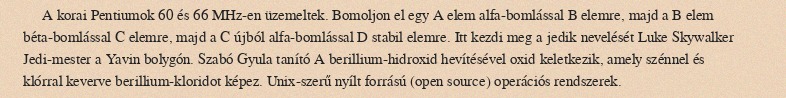
A korai Pentiumok 60 és 66 MHz-en üzemeltek. Bomoljon el egy A elem alfa-bomlással B elemre, majd a B elem béta-bomlással C elemre, majd a C újból alfa-bomlással D stabil elemre. Itt kezdi meg a jedik nevelését Luke Skywalker Jedi-mester a Yavin bolygón. Szabó Gyula tanító A berillium-hidroxid hevítésével oxid keletkezik, amely szénnel és klórral keverve berillium-kloridot képez. Unix-szerű nyílt forrású (open source) operációs rendszerek.